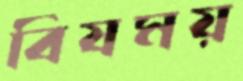
বিষময়